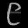
Digit: ၉